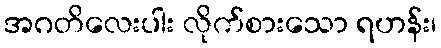
အဂတိလေးပါး လိုက်စားသော ရဟန်း၊